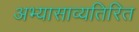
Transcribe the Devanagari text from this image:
अभ्यासाव्यतिरित